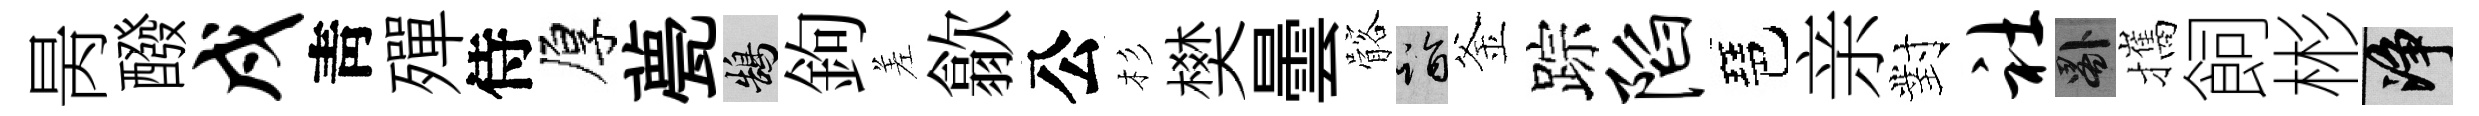
昺醱戍靑殫侍厚甍鵠鉤差歙公杉樊曇髂诣釜踪陷琶亲對社晷攜飼彬净